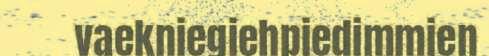
vaekniegiehpiedimmien